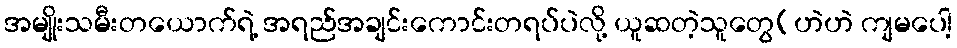
အမျိုးသမီးတယောက်ရဲ့ အရည်အချင်းကောင်းတရပ်ပဲလို့ ယူဆတဲ့သူတွေ(ဟဲဟဲ ကျမပေါ့